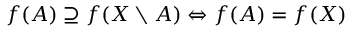
f ( A ) \supseteq f ( X \setminus A ) \Leftrightarrow f ( A ) = f ( X )